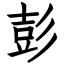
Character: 彭